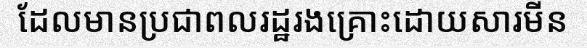
ដែលមានប្រជាពលរដ្ឋរងគ្រោះដោយសារមីន